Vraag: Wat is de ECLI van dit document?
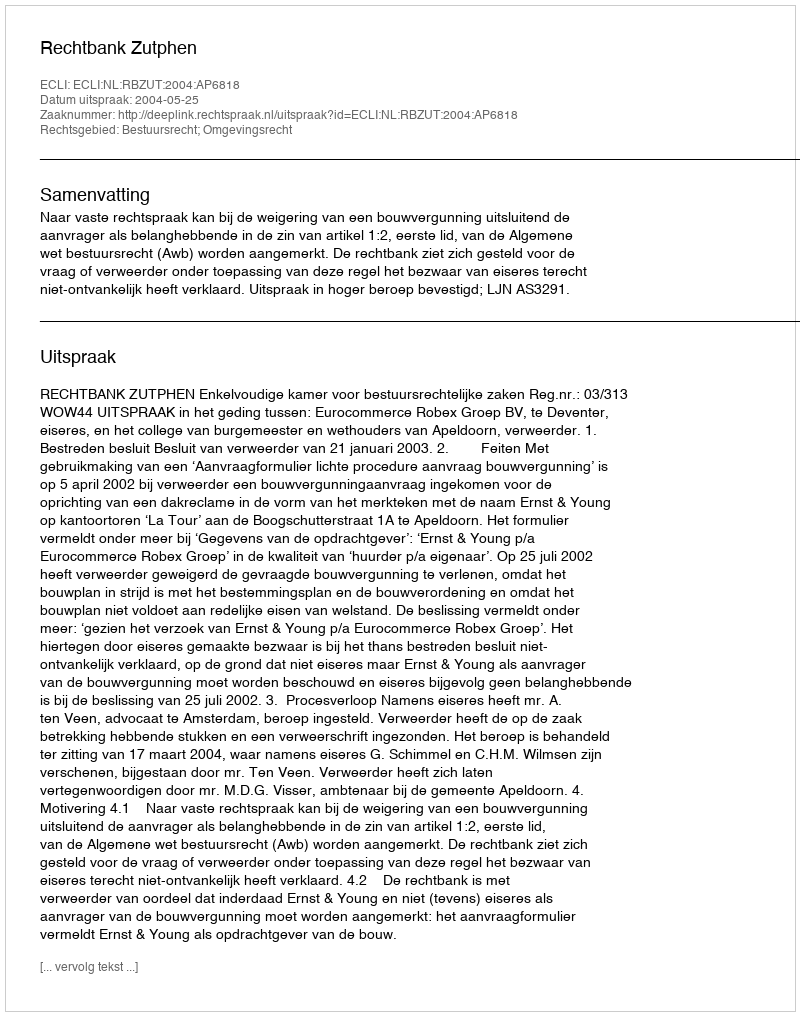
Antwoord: ECLI:NL:RBZUT:2004:AP6818